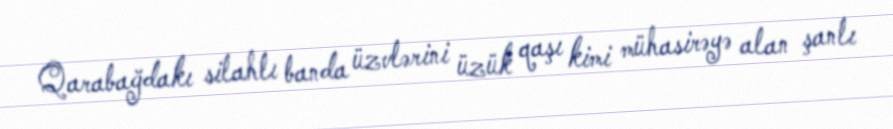
Qarabağdakı silahlı banda üzvlərini üzük qaşı kimi mühasirəyə alan şanlı